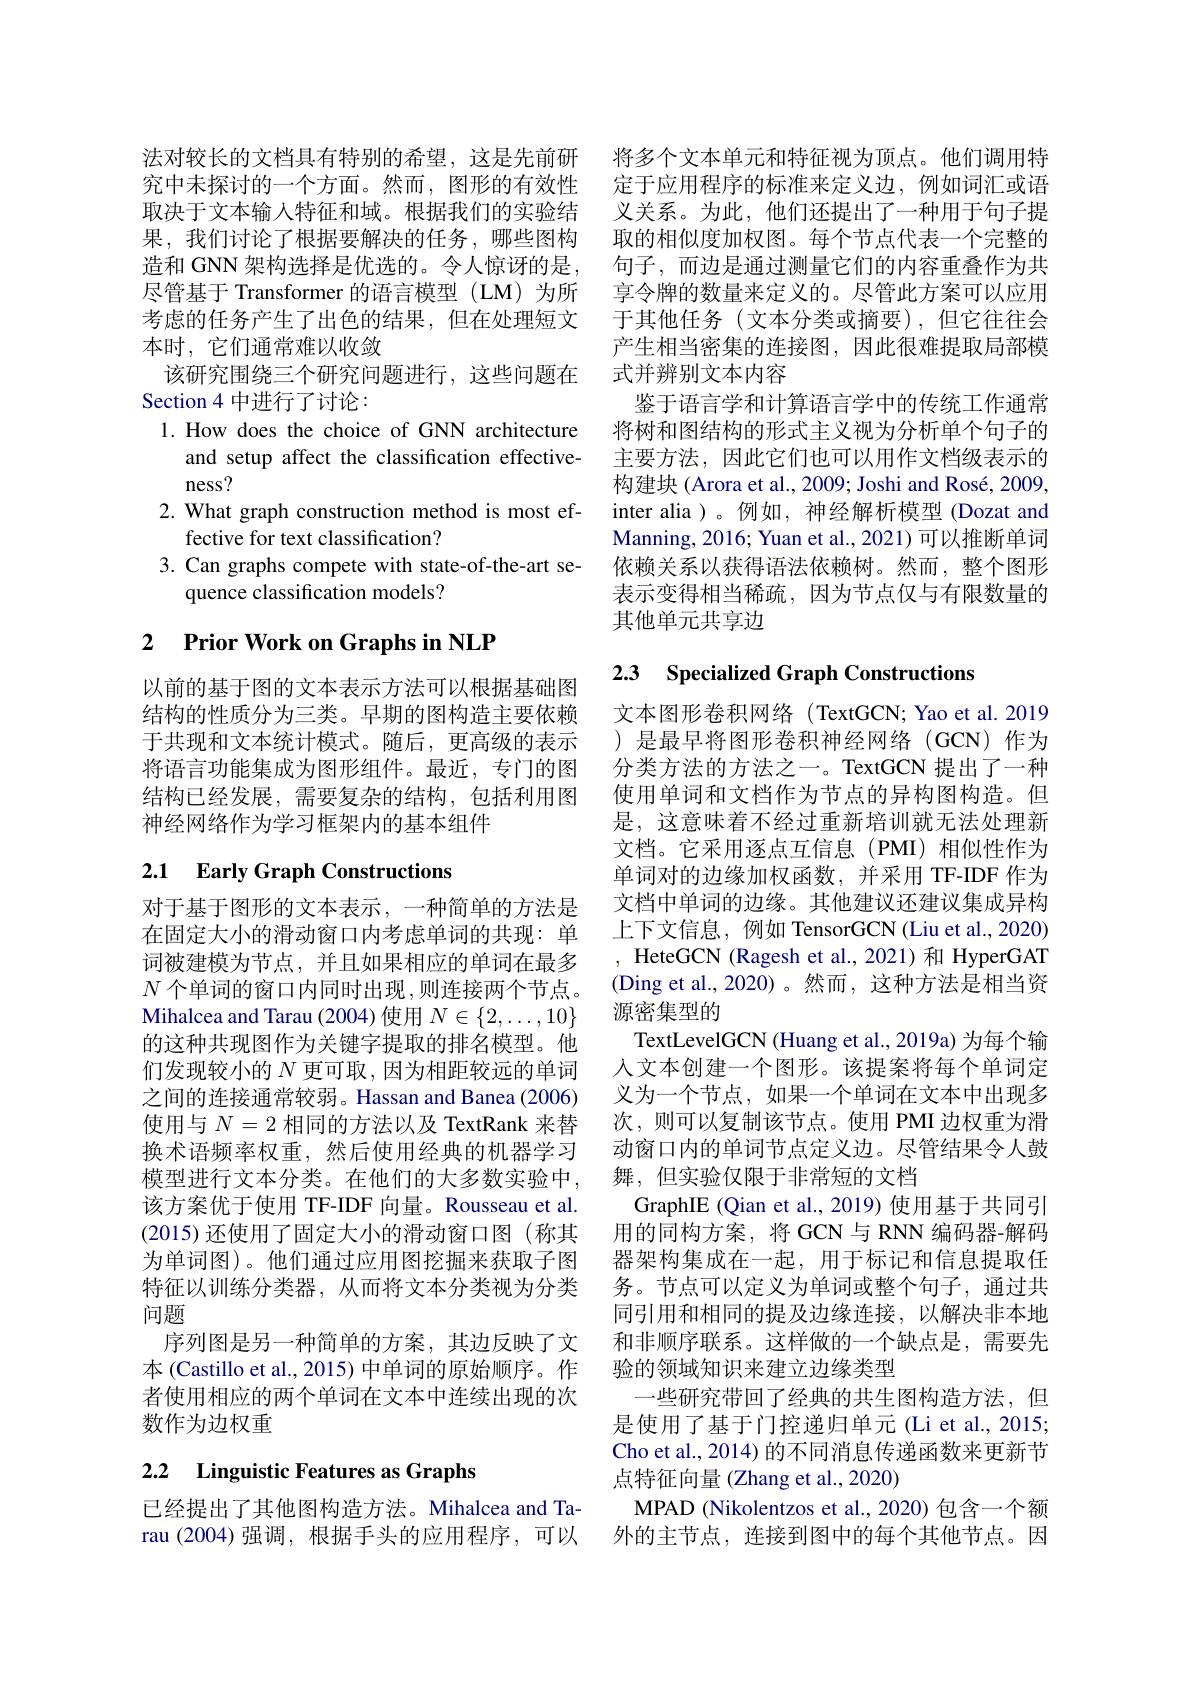
法对较长的文档具有特别的希望，这是先前研 将多个文本单元和特征视为顶点。他们调用特究中未探讨的一个方面。然而，图形的有效性 定于应用程序的标准来定义边，例如词汇或语取决于文本输入特征和域。根据我们的实验结 义关系。为此，他们还提出了一种用于句子提果，我们讨论了根据要解决的任务，哪些图构 取的相似度加权图。每个节点代表一个完整的造和 GNN 架构选择是优选的。令人惊讶的是，句子，而边是通过测量它们的内容重叠作为共尽管基于 Transformer 的语言模型 (LM) 为所 享令牌的数量来定义的。尽管此方案可以应用考虑的任务产生了出色的结果，但在处理短文
本时，它们通常难以收敛
该研究围绕三个研究问题进行，这些问题在
Section 4 中进行了讨论：
1. How does the choice of GNN architecture
and setup affect the classification effective-
ness?
2. What graph construction method is most ef-
fective for text classification?
3. Can graphs compete with state-of-the-art se-
quence classification models?

### 2 $\textbf{Prior Work on Graphs in NLP}$

以前的基于图的文本表示方法可以根据基础图结构的性质分为三类。早期的图构造主要依赖于共现和文本统计模式。随后，更高级的表示将语言功能集成为图形组件。最近，专门的图结构已经发展，需要复杂的结构，包括利用图神经网络作为学习框架内的基本组件

# 2.1 Early Graph Constructions

对于基于图形的文本表示，一种简单的方法是在固定大小的滑动窗口内考虑单词的共现：单词被建模为节点，并且如果相应的单词在最多$N$ 个单词的窗口内同时出现 ,则连接两个节点。Mihalcea and Tarau (2004) 使用$N\in\{2,\ldots,10\}$ 的这种共现图作为关键字提取的排名模型。他们发现较小的$N$更可取，因为相距较远的单词之间的连接通常较弱。Hassan and Banea (2006) 使用与$N=2$相同的方法以及 TextRank 来替换术语频率权重，然后使用经典的机器学习模型进行文本分类。在他们的大多数实验中， 该方案优于使用 TF-IDF 向量。Rousseau et al. (2015)还使用了固定大小的滑动窗口图(称其为单词图)。他们通过应用图挖掘来获取子图特征以训练分类器，从而将文本分类视为分类问题
序列图是另一种简单的方案，其边反映了文本 (Castillo et al., 2015) 中单词的原始顺序。作者使用相应的两个单词在文本中连续出现的次数作为边权重

# 2.2 Linguistic Features as Graphs

于其他任务(文本分类或摘要),但它往往会产生相当密集的连接图，因此很难提取局部模式并辨别文本内容
鉴于语言学和计算语言学中的传统工作通常将树和图结构的形式主义视为分析单个句子的主要方法，因此它们也可以用作文档级表示的构建块 (Arora et al., 2009; Joshi and Rosé, 2009, inter alia )。例如，神经解析模型 (Dozat and Manning, 2016; Yuan et al., 2021) 可以推断单词依赖关系以获得语法依赖树。然而，整个图形表示变得相当稀疏，因为节点仅与有限数量的其他单元共享边

## 2.3 Specialized Graph Constructions

文本图形卷积网络(TextGCN; Yao et al. 2019 )是最早将图形卷积神经网络(GCN)作为分类方法的方法之一。TextGCN 提出了一种使用单词和文档作为节点的异构图构造。但是，这意味着不经过重新培训就无法处理新文档。它采用逐点互信息(PMI)相似性作为单词对的边缘加权函数，并采用 TF-IDF 作为文档中单词的边缘。其他建议还建议集成异构上下文信息，例如 TensorGCN (Liu et al., 2020) HeteGCN (Ragesh et al., 2021) 和 HyperGAT (Ding et al.,2020)。然而，这种方法是相当资源密集型的
TextLevelGCN (Huang et al., 2019a) 为每个输人文本创建一个图形。该提案将每个单词定义为一个节点，如果一个单词在文本中出现多次，则可以复制该节点。使用 PMI 边权重为滑动窗口内的单词节点定义边。尽管结果令人鼓舞，但实验仅限于非常短的文档
GraphIE (Qian et al., 2019) 使用基于共同引用的同构方案，将 GCN 与 RNN 编码器-解码器架构集成在一起，用于标记和信息提取任务。节点可以定义为单词或整个句子，通过共同引用和相同的提及边缘连接，以解决非本地和非顺序联系。这样做的一个缺点是，需要先验的领域知识来建立边缘类型
一些研究带回了经典的共生图构造方法，但是使用了基于门控递归单元 (Li et al., 2015; Cho et al., 2014) 的不同消息传递函数来更新节点特征向量 (Zhang et al., 2020)
已经提出了其他图构造方法。Mihalcea and Ta- MPAD (Nikolentzos et al., 2020) 包含一个额rau (2004)强调，根据手头的应用程序，可以 外的主节点，连接到图中的每个其他节点。因